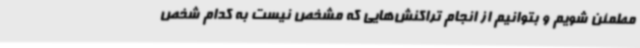
مطمئن شویم و بتوانیم از انجام تراکنش‌هایی که مشخص نیست به کدام شخص